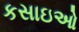
કસાઇઓ